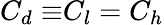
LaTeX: {C_{d}\equiv}C_{l}=C_{h}